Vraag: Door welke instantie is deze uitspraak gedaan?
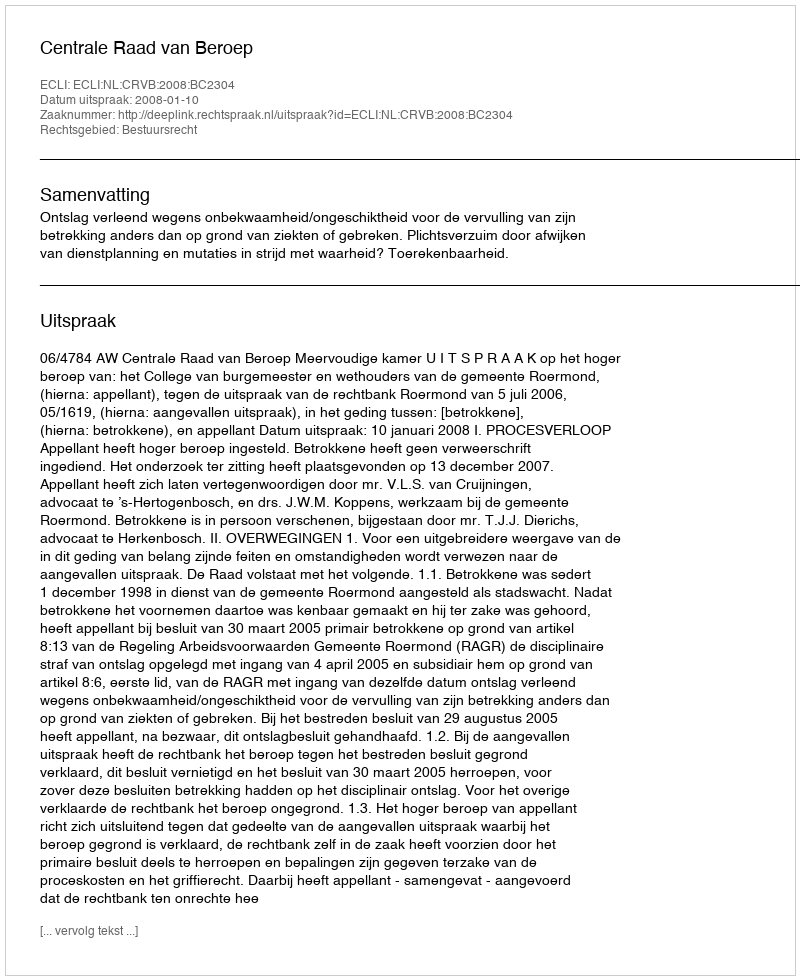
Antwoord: Centrale Raad van Beroep